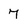
Character: 7